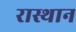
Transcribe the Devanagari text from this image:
रास्थान